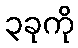
၃ခုကို